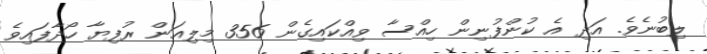
ލިބުނެވެ. އަދި އެ ކުންފުނިން ހިއްސާ ވިއްކައިގެން 356 މިލިއަން ރުފިޔާ ހޯދާފައިވެ